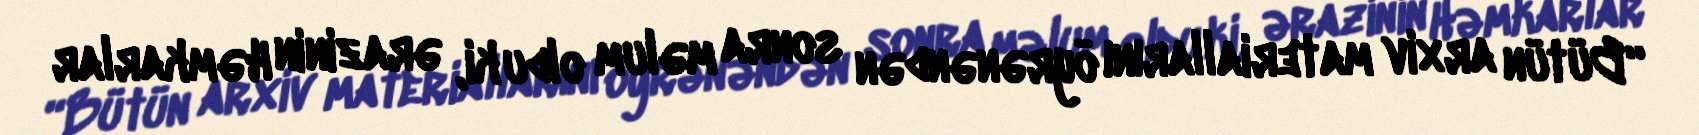
“Bütün arxiv materiallarını öyrənəndən sonra məlum oldu ki, ərazinin Həmkarlar